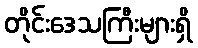
တိုင်းဒေသကြီးများရှိ